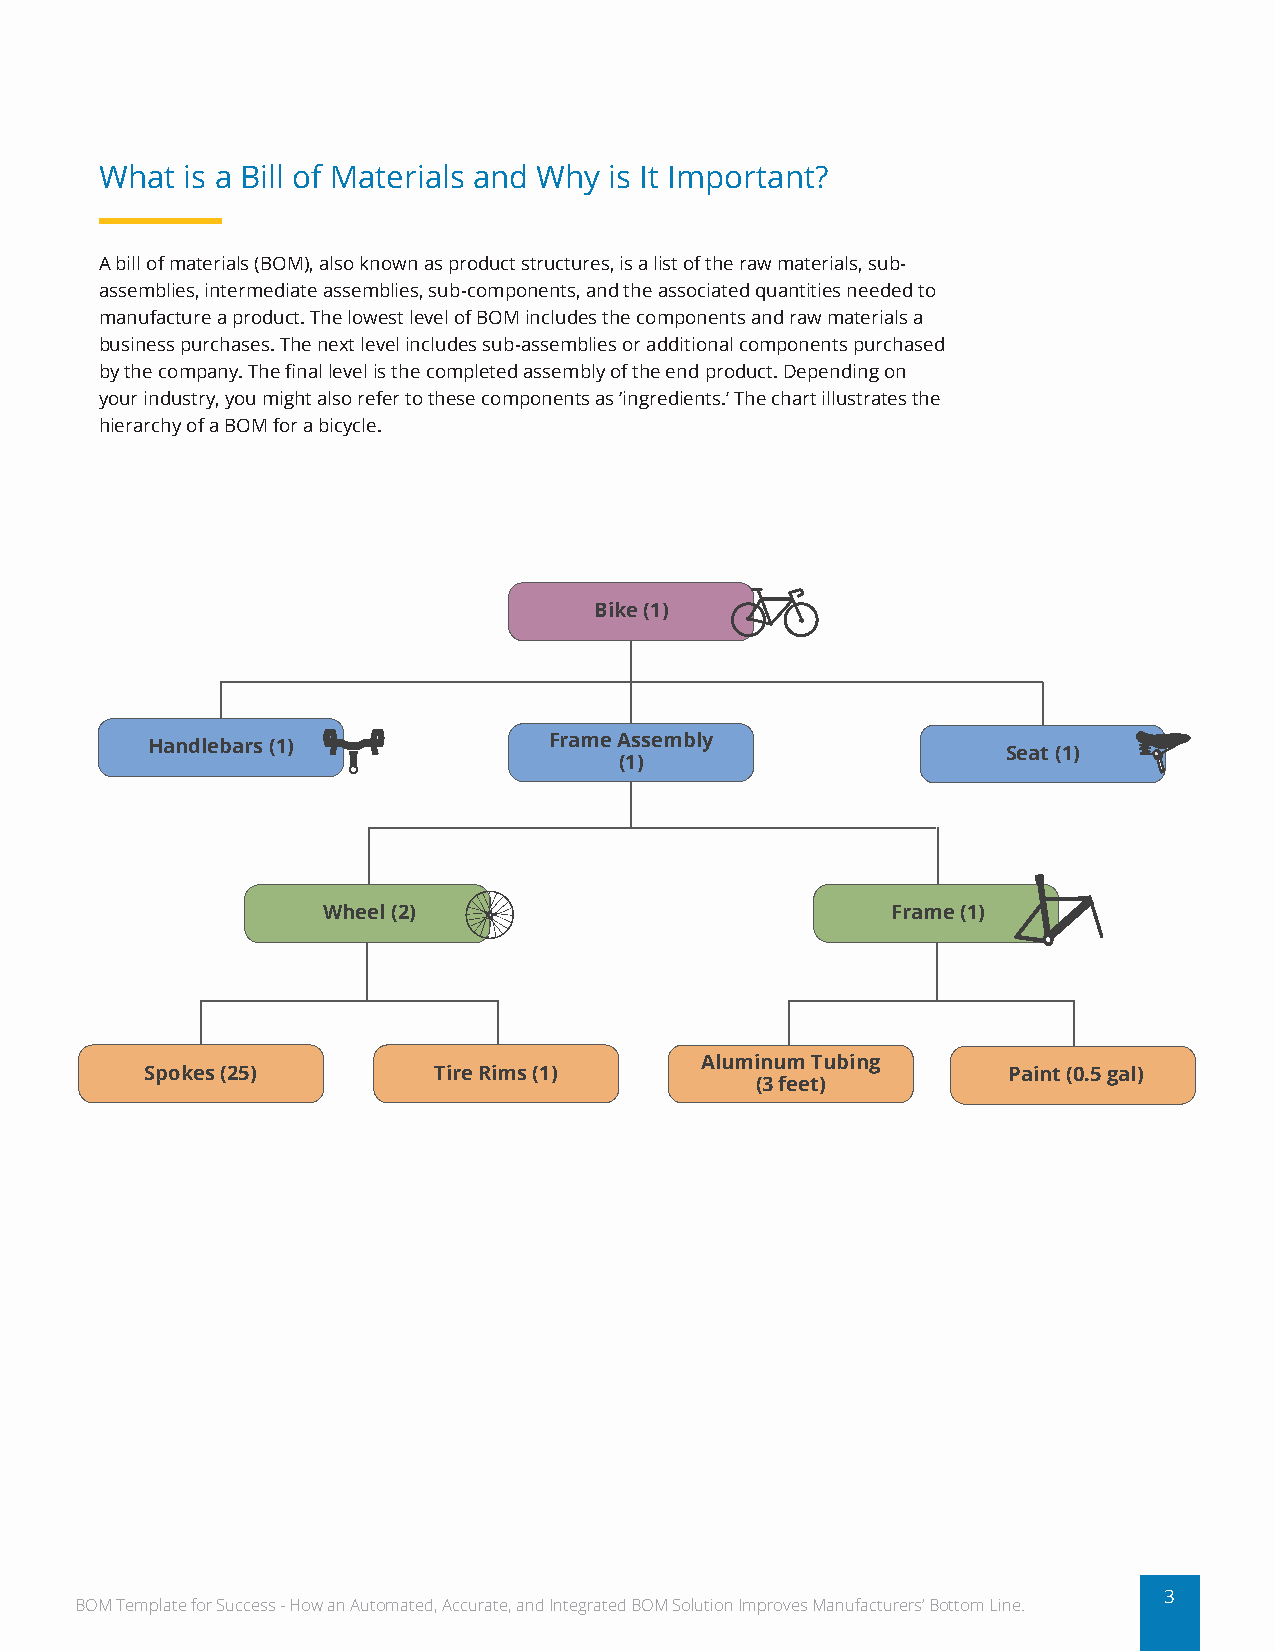
What is a Bill of Materials and Why is It Important?
 A bill of materials (BOM), also known as product structures, is a list of the raw materials, sub-
 assemblies, intermediate assemblies, sub-components, and the associated quantities needed to
 manufacture a product. The lowest level of BOM includes the components and raw materials a
 business purchases. The next level includes sub-assemblies or additional components purchased
 by the company. The final level is the completed assembly of the end product. Depending on
 your industry, you might also refer to these components as ‘ingredients.’ The chart illustrates the
 hierarchy of a BOM for a bicycle.
 Bike (1)
 Handlebars (1)            Frame Assembly
 Seat (1)
 (1)
 Wheel (2)                             Frame (1)
 Aluminum Tubing
 Spokes (25)        Tire Rims (1)                         Paint (0.5 gal)
 (3 feet)
 3
 BOM Template for Success - How an Automated, Accurate, and Integrated BOM Solution Improves Manufacturers’ Bottom Line.